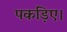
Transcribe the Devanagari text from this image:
पकड़िए।